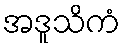
အဒူသိကံ